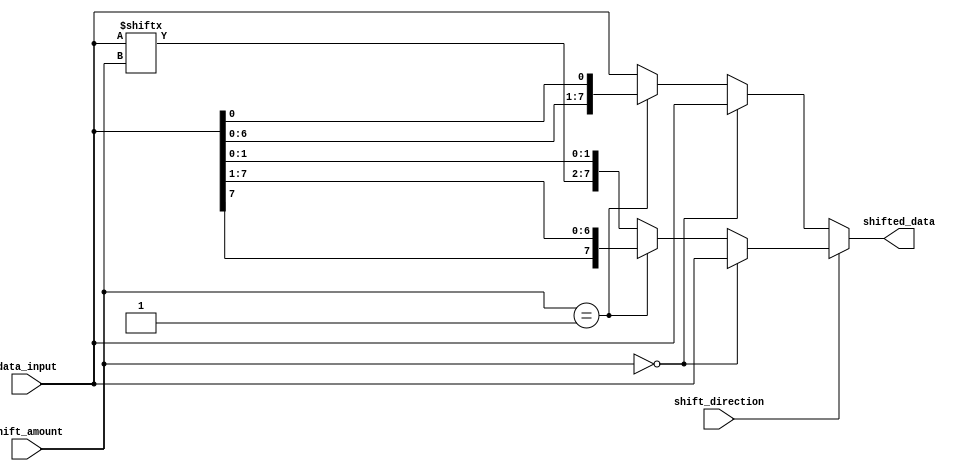
module barrel_shifter(input [7:0] data_input,
                        input [2:0] shift_amount,
                        input shift_direction,
                        output reg [7:0] shifted_data);

    always @ (*) begin
        if(shift_direction) begin
            // Right shift
            if(shift_amount == 0) begin
                shifted_data = data_input;
            end else if(shift_amount == 1) begin
                shifted_data = {data_input[7], data_input[7:1]};
            end else begin
                shifted_data = {data_input[7:shift_amount], data_input[shift_amount-1:0]};
            end
        end else begin
            // Left shift
            if(shift_amount == 0) begin
                shifted_data = data_input;
            end else if(shift_amount == 1) begin
                shifted_data = {data_input[6:0], data_input[0]};
            end else begin
                shifted_data = {data_input[7-shift_amount+1:7], data_input[7-shift_amount:0]};
            end
        end
    end

endmodule